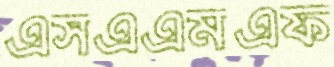
এসএএমএফ